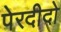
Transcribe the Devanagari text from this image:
पेरदीदो